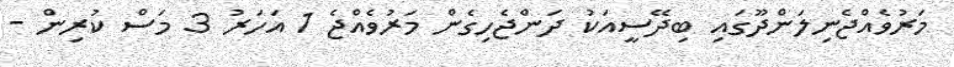
މަރުވެއްޖެނިލަންދޫގައި ބިދޭސީއަކު ދަންޖެހިގެން މަރުވެއްޖެ 1 އަހަރު 3 މަސް ކުރިން -